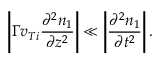
\left| \Gamma v _ { T i } \frac { \partial ^ { 2 } n _ { 1 } } { \partial z ^ { 2 } } \right| \ll \left| \frac { \partial ^ { 2 } n _ { 1 } } { \partial t ^ { 2 } } \right| .